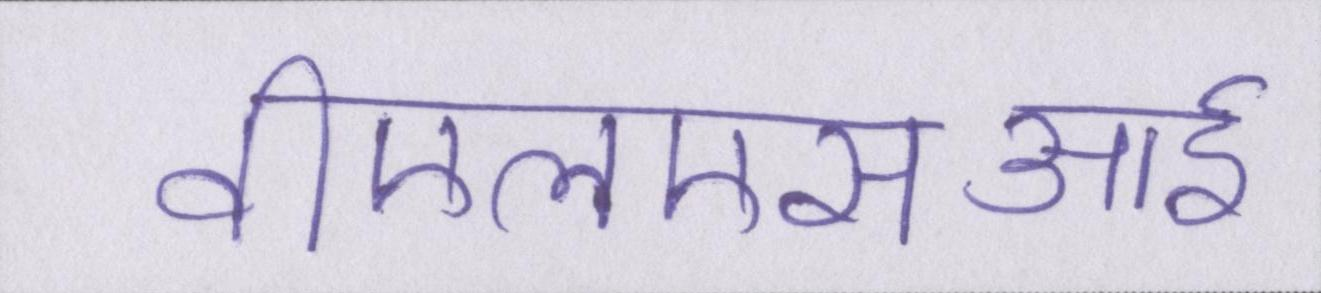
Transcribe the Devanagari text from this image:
वीएलएसआई